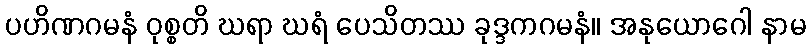
ပဟိဏဂမနံ ဝုစ္စတိ ဃရာ ဃရံ ပေသိတဿ ခုဒ္ဒကဂမနံ။ အနုယောဂေါ နာမ